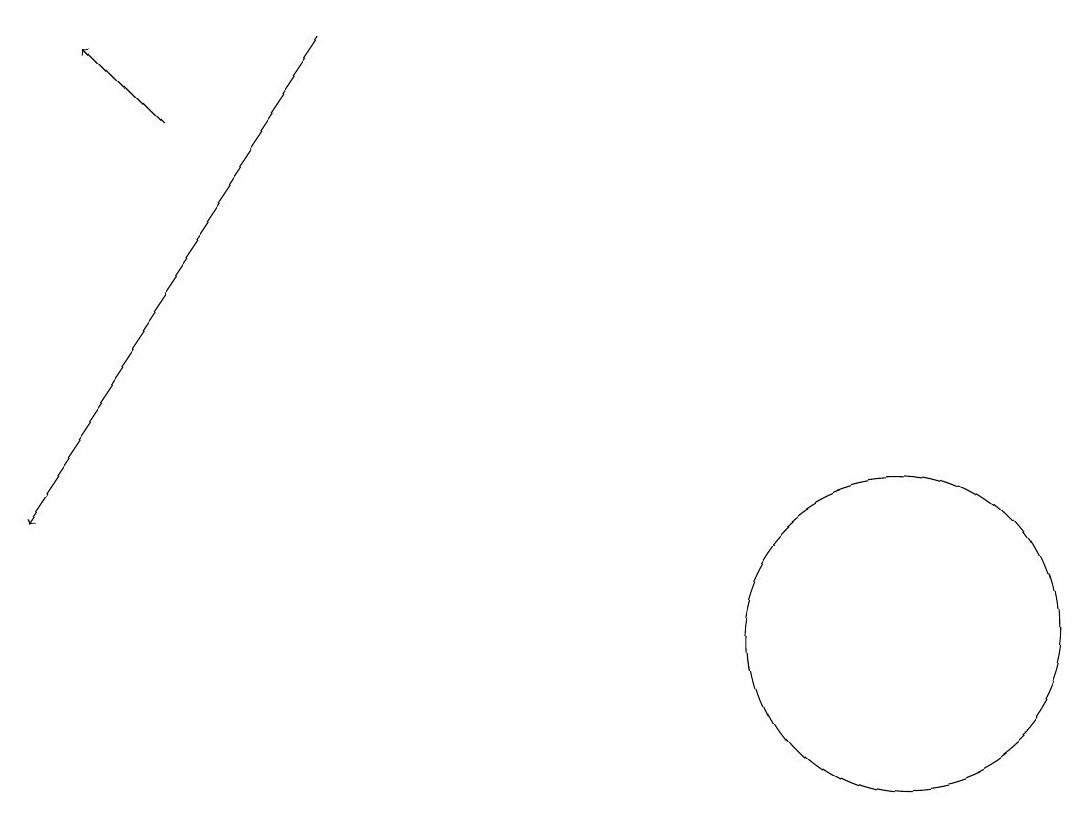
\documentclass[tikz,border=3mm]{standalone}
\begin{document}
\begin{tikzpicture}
\draw[->] (3,18) -- (2,19);
\draw (12,11) circle (2);
\draw[->] (5,19) -- (1,13);
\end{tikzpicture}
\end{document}